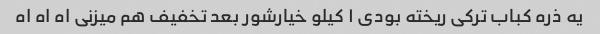
یه ذره کباب ترکی ریخته بودی ۱ کیلو خیارشور بعد تخفیف هم میزنی اه اه اه